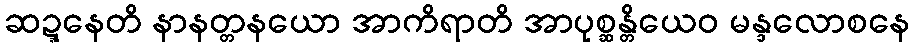
ဆဍ္ဍနေတိ နာနတ္တနယော အာကိရာတိ အာပုစ္ဆန္တိယေဝ မန္ဒလောစနေ